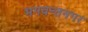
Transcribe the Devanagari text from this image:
भगवन्तनगर